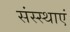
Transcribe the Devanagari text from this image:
संस्स्थाएं